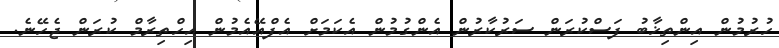
ހުރުމުން އިންތިޚާބު ފަސްކުރަން ސަރުކާރުން އެންގުމުން އެކަމަށް އެފްއޭއެމުން އިހްތިރާމް ކުރަން ޖެހޭނެ.